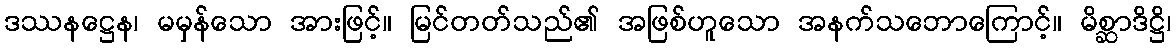
ဒဿနဋ္ဌေန၊ မမှန်သော အားဖြင့်။ မြင်တတ်သည်၏ အဖြစ်ဟူသော အနက်သဘောကြောင့်။ မိစ္ဆာဒိဋ္ဌိ၊